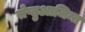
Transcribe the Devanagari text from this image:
सेप्तुआजिन्त